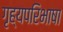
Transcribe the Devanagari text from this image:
गृह्यपरिभाषा